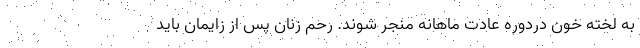
به لخته خون دردوره عادت ماهانه منجر شوند. رحم زنان پس از زایمان باید